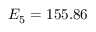
E _ { 5 } = 1 5 5 . 8 6